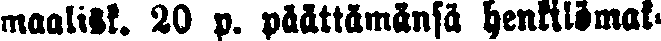
maalisk. 20 p. päättämänsä henkilömak-